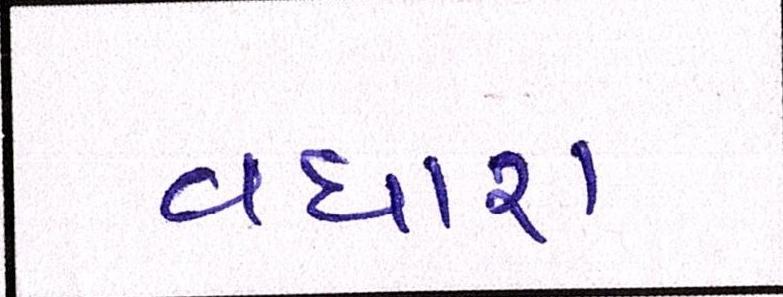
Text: વધારા